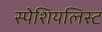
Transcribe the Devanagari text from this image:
स्पेशियलिस्ट